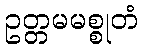
ဥတ္တမမစ္စုတံ